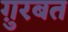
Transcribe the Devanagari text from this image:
ग़ुरबत